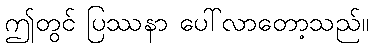
ဤတွင် ပြဿနာ ပေါ်လာတော့သည်။